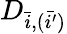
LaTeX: D_{\bar{i},(\bar{i^{\prime}})}